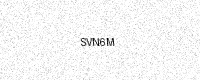
Text: SVN6M